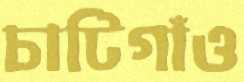
চাটিগাঁও